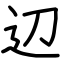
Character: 辺